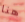
هنا